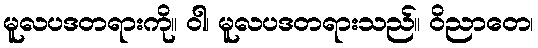
မူလပဒတရားကို။ ဝါ၊ မူလပဒတရားသည်။ ဝိညာတေ၊